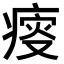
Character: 𤸃